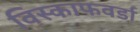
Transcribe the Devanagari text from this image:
विस्काफवर्डा